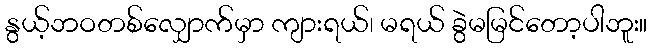
နွယ့်ဘဝတစ်လျှောက်မှာ ကျားရယ်၊ မရယ် ခွဲမမြင်တော့ပါဘူး။